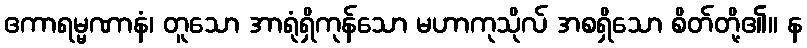
ဧကာရမ္မဏာနံ၊ တူသော အာရုံရှိကုန်သော မဟာကုသိုလ် အစရှိသော စိတ်တို့၏။ န